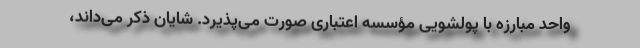
واحد مبارزه با پولشویی مؤسسه اعتباری صورت می‌پذیرد. شایان ذکر می‌داند،